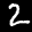
Label: 2